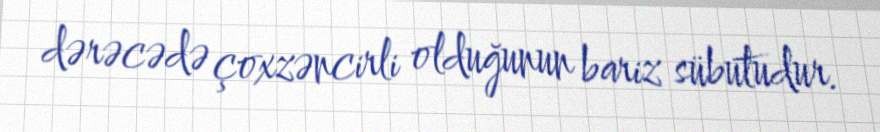
dərəcədə çoxzəncirli olduğunun bariz sübutudur.